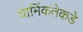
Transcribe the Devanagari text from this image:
धार्मिकतेकडे